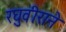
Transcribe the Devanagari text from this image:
रघुवीराने